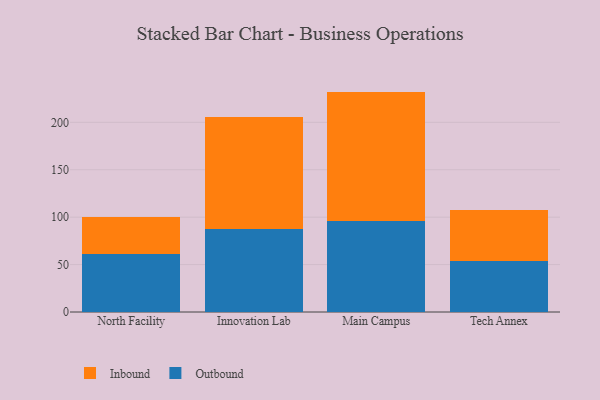
{"axis": {"x": "Campus", "y": "Production Output"}, "legend": ["Inbound", "Outbound"], "data": [{"x": "North Facility", "y": 61.6, "type": "Outbound"}, {"x": "North Facility", "y": 38.5, "type": "Inbound"}, {"x": "Innovation Lab", "y": 87.2, "type": "Outbound"}, {"x": "Innovation Lab", "y": 118.4, "type": "Inbound"}, {"x": "Main Campus", "y": 96.4, "type": "Outbound"}, {"x": "Main Campus", "y": 136.0, "type": "Inbound"}, {"x": "Tech Annex", "y": 53.8, "type": "Outbound"}, {"x": "Tech Annex", "y": 53.5, "type": "Inbound"}]}